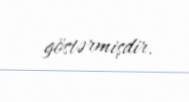
göstərmişdir.